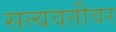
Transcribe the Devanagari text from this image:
सत्यवतीवर